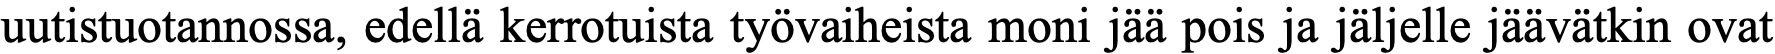
uutistuotannossa, edellä kerrotuista työvaiheista moni jää pois ja jäljelle jäävätkin ovat